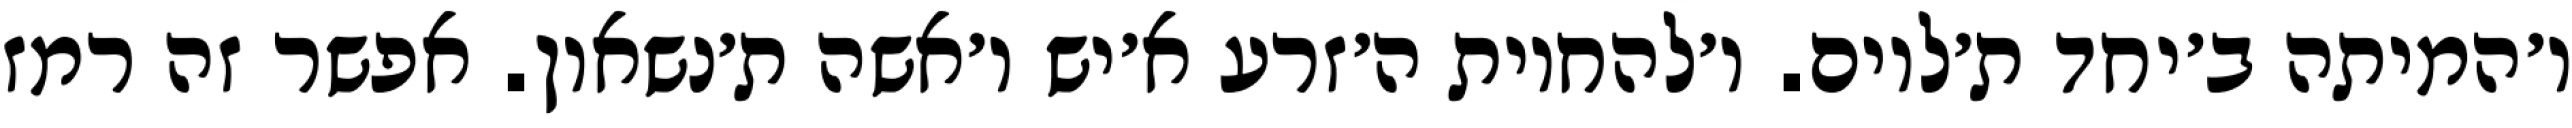
ו׳המיתה ב׳יחד ת׳לוים. ו׳להחיות ה׳זרע א׳יש ו׳אשה ת׳נשאון. אפשר זה רמז